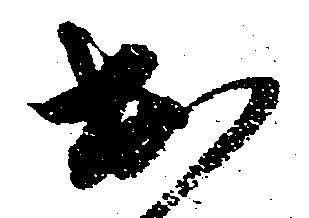
出